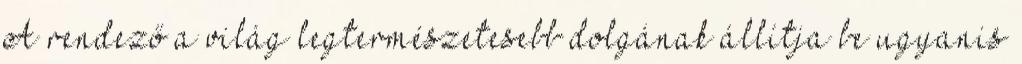
A rendező a világ legtermészetesebb dolgának állítja be ugyanis